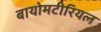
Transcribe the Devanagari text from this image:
बायोमटीरियल